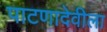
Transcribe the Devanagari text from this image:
पाटणादेवीला